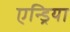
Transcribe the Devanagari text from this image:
एन्ड्रिया